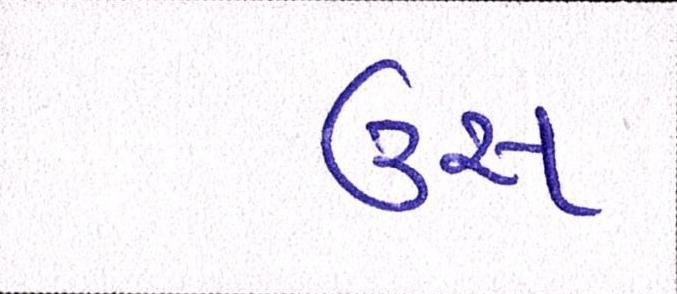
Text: ઉસ